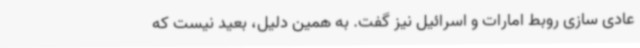
عادی سازی روبط امارات و اسرائیل نیز گفت. به همین دلیل، بعید نیست که